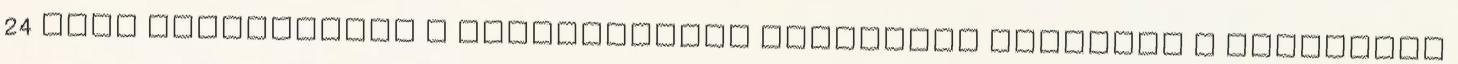
24 órás elérhetőség  Folyamatosan elérhetők legyenek a virtuális